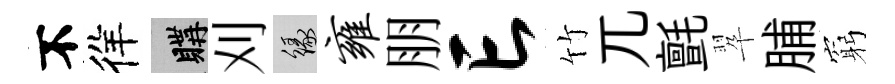
不徉購刈緣雍朋亡竹兀氈翆脯窮